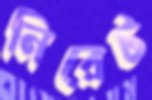
নিরেট